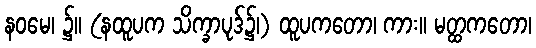
နဝမေ၊ ၌။ (နထူပက သိက္ခာပုဒ်၌၊) ထူပကတော၊ ကား။ မတ္ထကတော၊